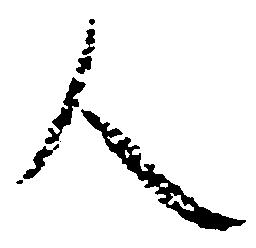
人